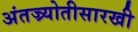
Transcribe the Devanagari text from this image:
अंतज्र्योतीसारखी